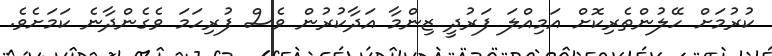
ކުރުމަށް ހޭލުންތެރިކޮށް އަމިއްލަ ފަރުދީ ޒިންމާ އަދާކުރުން ވެސް ފުރިހަމަ ވެގެންދާނެ ކަމަށެވެ.